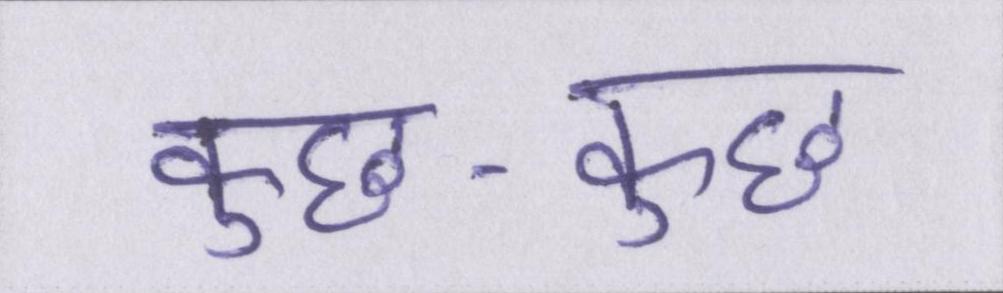
कुछ-कुछ